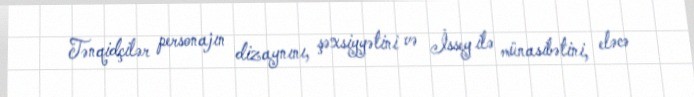
Tənqidçilər personajın dizaynını, şəxsiyyətini və İssey ilə münasibətini, eləcə